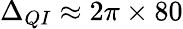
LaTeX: \Delta_{QI}\approx 2\pi\times 80